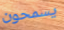
يسمحون